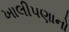
ખાલીપણાનો